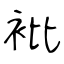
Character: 𧘱